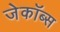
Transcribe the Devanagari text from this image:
जेकॉब्स